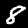
Digit: 8